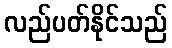
လည်ပတ်နိုင်သည်